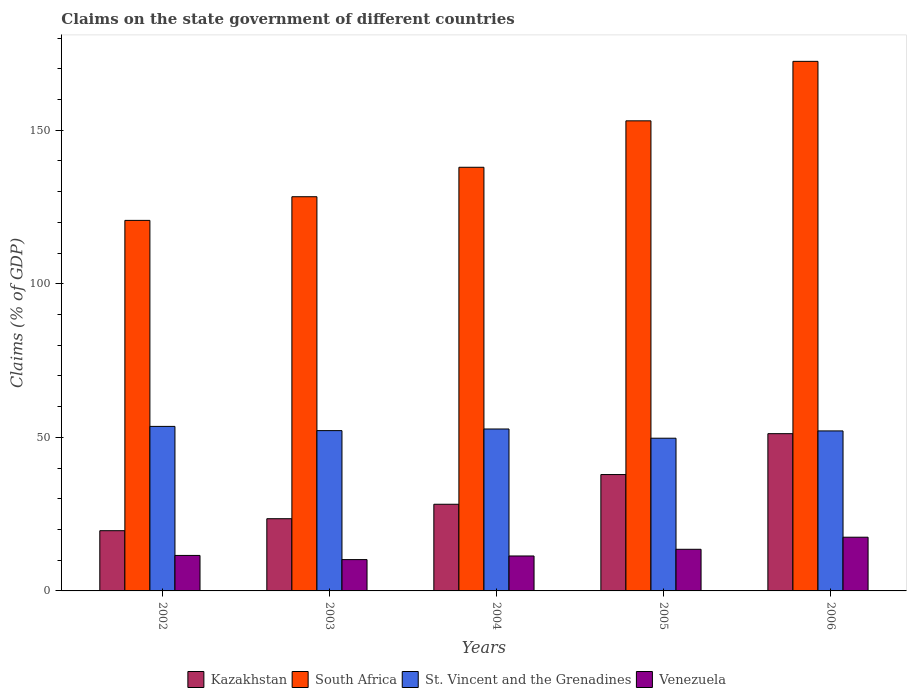
| Years | Kazakhstan | South Africa | St. Vincent and the Grenadines | Venezuela |
 | --- | --- | --- | --- | --- |
 | 2002 | 19.6 | 121 | 53.6 | 11.6 |
 | 2003 | 23.5 | 128 | 52.2 | 10.2 |
 | 2004 | 28.2 | 138 | 52.7 | 11.4 |
 | 2005 | 37.9 | 153 | 49.7 | 13.6 |
 | 2006 | 51.2 | 172 | 52.1 | 17.5 |